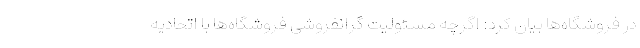
در فروشگاه‌ها بیان کرد: اگرچه مسئولیت گرانفروشی فروشگاه‌ها با اتحادیه